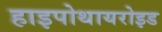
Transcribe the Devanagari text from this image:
हाइपोथायरोइड